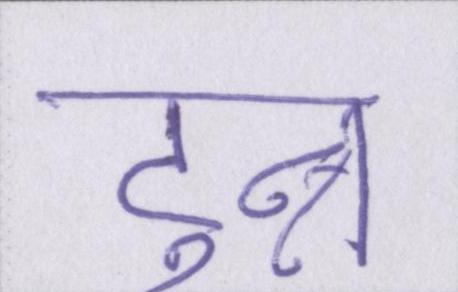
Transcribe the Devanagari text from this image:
टुन्न